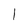
Character: l